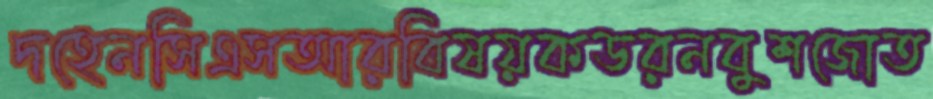
দহেনসিএসআরবিষয়কডরনবুশজোত